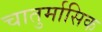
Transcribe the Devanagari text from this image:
चातुर्मासिक